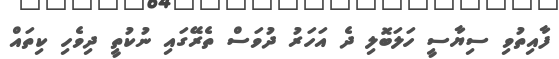
ފާއިތުވި ސިޔާސީ ހަލަބޮލި ދެ އަހަރު ދުވަސް ތެރޭގައި ނުކުތީ ދިވެހި ކިތައް